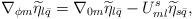
LaTeX: \begin{align*} \nabla_{\phi m} \widetilde{\eta}_{l \bar{q}}=\nabla_{0m} \widetilde{\eta}_{l \bar{q}}-U_{ml}^s \widetilde{\eta}_{s \bar{q}},\end{align*}